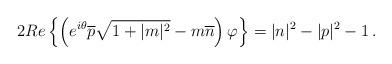
LaTeX: \begin{align*}2Re\left\{\left(e^{i\theta}\overline p \sqrt{1+|m|^2}-m\overline n\right)\varphi\right\}=|n|^2-|p|^2-1\,.\end{align*}